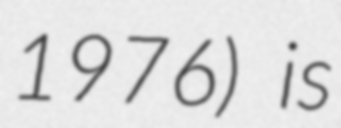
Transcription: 1976) is